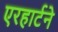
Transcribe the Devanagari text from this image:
एरहार्टने